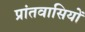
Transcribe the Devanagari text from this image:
प्रांतवासियों